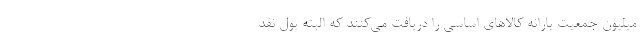
میلیون جمعیت یارانه کالاهای اساسی را دریافت می‌کنند که البته پول نقد